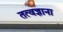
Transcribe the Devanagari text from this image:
तत्वज्ञाना